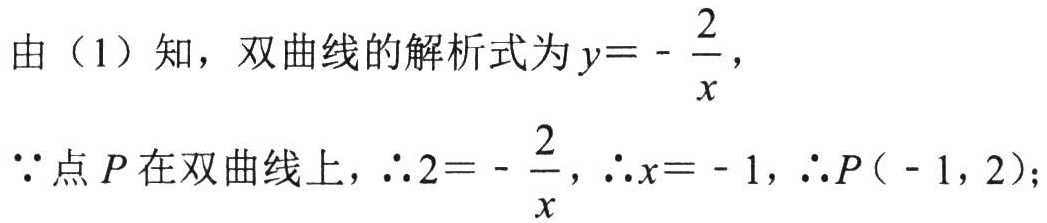
由（1）知，双曲线的解析式为$y = -\dfrac{2}{x}$，
$\because$点$P$在双曲线上，$\therefore 2 = -\dfrac{2}{x}$，$\therefore x = - 1$，$\therefore P(-1,2)$；